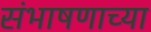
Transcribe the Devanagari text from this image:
संभाषणाच्या